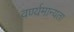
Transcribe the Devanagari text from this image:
वर्ण्यमान्यता